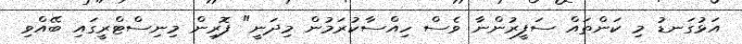
އަޅުގަނޑު މި ކަންތައް ސަފީރުންނާ ވެސް ހިއްސާކުރަމުން މިދަނީ" ފޮރިން މިނިސްޓްރީގައި ބޭއްވި